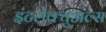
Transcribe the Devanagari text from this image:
इंटलेक्चुअल्स